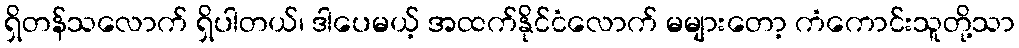
ရှိတန်သလောက် ရှိပါတယ်၊ ဒါပေမယ့် အထက်နိုင်ငံလောက် မများတော့ ကံကောင်းသူတို့သာ